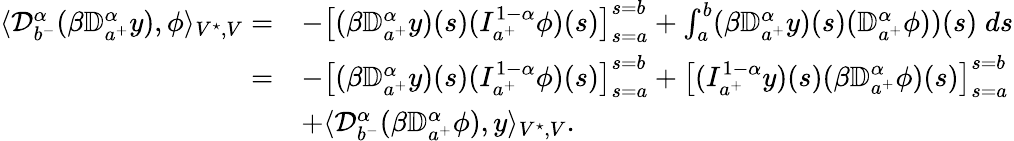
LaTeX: \begin{array}{rl}{\langle{\mathcal D}_{b^{-}}^{\alpha}(\beta{\mathbb D}_{a^{+}}^{\alpha}y),\phi\rangle_{V^{\star},V}=}&{-\left[(\beta{\mathbb D}_{a^{+}}^{\alpha}y)(s)(I_{a^{+}}^{1-\alpha}\phi)(s)\right]_{s=a}^{s=b}+\int_{a}^{b}(\beta{\mathbb D}_{a^{+}}^{\alpha}y)(s)({\mathbb D}_{a^{+}}^{\alpha}\phi))(s)\; ds}\\ {=}&{-\left[(\beta{\mathbb D}_{a^{+}}^{\alpha}y)(s)(I_{a^{+}}^{1-\alpha}\phi)(s)\right]_{s=a}^{s=b}+\displaystyle\left[(I_{a^{+}}^{1-\alpha}y)(s)(\beta{\mathbb D}_{a^{+}}^{\alpha}\phi)(s)\right]_{s=a}^{s=b}}\\ &{+\langle{\mathcal D}_{b^{-}}^{\alpha}(\beta{\mathbb D}_{a^{+}}^{\alpha}\phi),y\rangle_{V^{\star},V}.}\end{array}